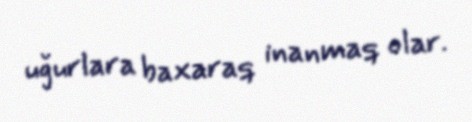
uğurlara baxaraq inanmaq olar.